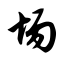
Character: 场